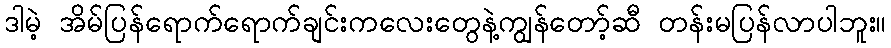
ဒါမဲ့ အိမ်ပြန်ရောက်ရောက်ချင်းကလေးတွေနဲ့ကျွန်တော့်ဆီ တန်းမပြန်လာပါဘူး။